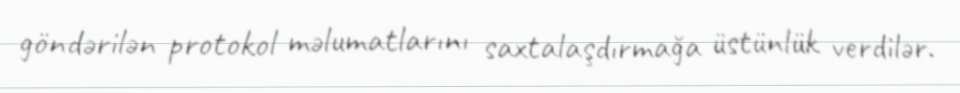
göndərilən protokol məlumatlarını saxtalaşdırmağa üstünlük verdilər.